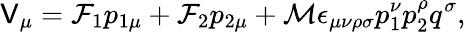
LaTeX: \mathsf{V}_{\mu}=\mathcal{{F}}_{1}p_{1\mu}+\mathcal{{F}}_{2}p_{2\mu}+\mathcal{{M}}\epsilon_{\mu\nu\rho\sigma}p_{1}^{\nu}p_{2}^{\rho}q^{\sigma},